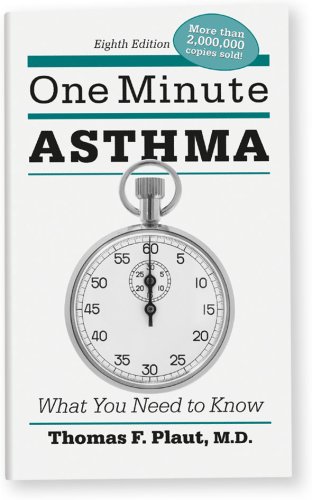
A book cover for One Minute Asthma: What You Need to Know; Thomas F. Plaut; Health, Fitness & Dieting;